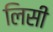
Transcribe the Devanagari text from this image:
लिसी